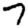
Digit: 7